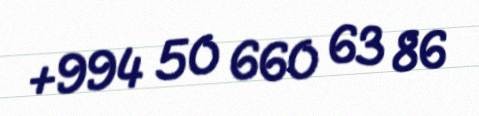
+994 50 660 63 86